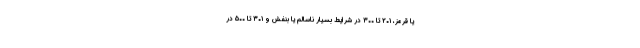
یا قرمز، ۲۰۱ تا ۳۰۰ در شرایط بسیار ناسالم یا بنفش و ۳۰۱ تا ۵۰۰ در